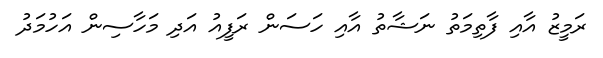
ރަމީޒު އާއި ފާތިމަތު ނަޝާތު އާއި ހަސަން ރަފީއު އަދި މަހާސިން އަހުމަދު